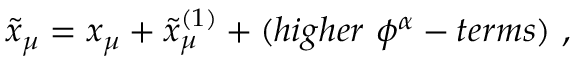
\tilde { x } _ { \mu } = x _ { \mu } + \tilde { x } _ { \mu } ^ { ( 1 ) } + ( h i g h e r ~ \phi ^ { \alpha } - t e r m s ) ~ ,